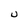
Character: u